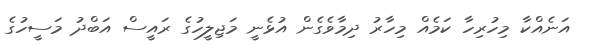
އަނެއްކާ މިހުރިހާ ކަމެއް މިހާރު ދިމާވެގެން އުޅެނީ މަޖިލީހުގެ ރައީސް އަބްދު މަސީހުގެ